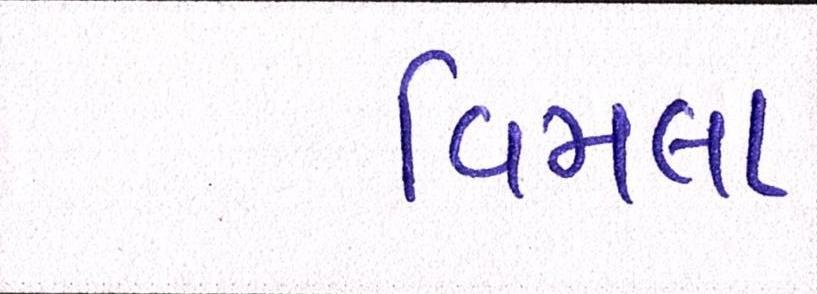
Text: વિમલા